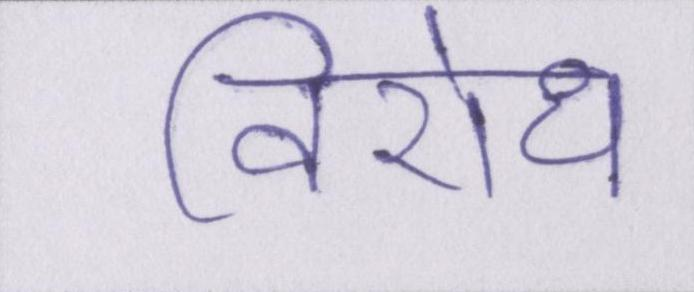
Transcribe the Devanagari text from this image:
विरोध